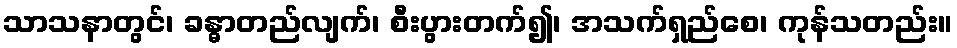
သာသနာတွင်၊ ခန္ဓာတည်လျက်၊ စီးပွားတက်၍၊ အသက်ရှည်စေ၊ ကုန်သတည်း။